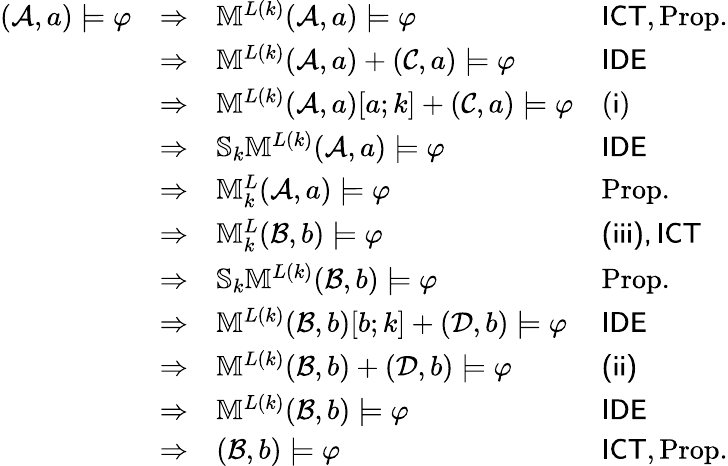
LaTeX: \begin{array}{r}{\begin{array}{llll}{(\mathcal{A},a)\models\varphi}&{\Rightarrow}&{\mathbb{M}^{L(k)}(\mathcal{A},a)\models\varphi}&{\mathsf{ICT},\mathrm{Prop.}}\\ &{\Rightarrow}&{\mathbb{M}^{L(k)}(\mathcal{A},a)+(\mathcal{C},a)\models\varphi}&{\mathsf{IDE}}\\ &{\Rightarrow}&{\mathbb{M}^{L(k)}(\mathcal{A},a)[a;k]+(\mathcal{C},a)\models\varphi}&{(\mathsf{i})}\\ &{\Rightarrow}&{\mathbb{S}_{k}\mathbb{M}^{L(k)}(\mathcal{A},a)\models\varphi}&{\mathsf{IDE}}\\ &{\Rightarrow}&{\mathbb{M}_{k}^{L}(\mathcal{A},a)\models\varphi}&{\mathrm{Prop.}}\\ &{\Rightarrow}&{\mathbb{M}_{k}^{L}(\mathcal{B},b)\models\varphi}&{\mathsf{(iii),\mathsf{ICT}}}\\ &{\Rightarrow}&{\mathbb{S}_{k}\mathbb{M}^{L(k)}(\mathcal{B},b)\models\varphi}&{\mathrm{Prop.}}\\ &{\Rightarrow}&{\mathbb{M}^{L(k)}(\mathcal{B},b)[b;k]+(\mathcal{D},b)\models\varphi}&{\mathsf{IDE}}\\ &{\Rightarrow}&{\mathbb{M}^{L(k)}(\mathcal{B},b)+(\mathcal{D},b)\models\varphi}&{\mathsf{(ii)}}\\ &{\Rightarrow}&{\mathbb{M}^{L(k)}(\mathcal{B},b)\models\varphi}&{\mathsf{IDE}}\\ &{\Rightarrow}&{(\mathcal{B},b)\models\varphi}&{\mathsf{ICT},\mathrm{Prop.}}\end{array}}\end{array}